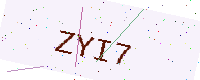
Text: ZYI7